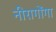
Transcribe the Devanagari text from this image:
नीरागोंगा